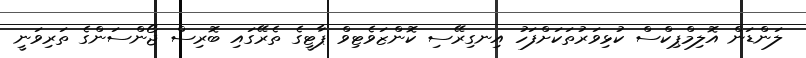
ލަންޑަން އޮލިމްޕިކްސް ކުޅިވަރުތަކަށްފަހު އިނގިރޭސި ކޮންޒަވެޓިވް ޕާޓީގެ ތެރޭގައި ބޮރިސް ޖޯންސަންގެ ތަރިވަނީ